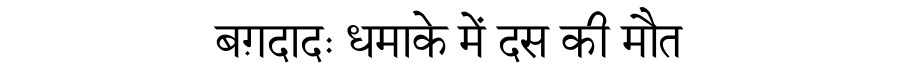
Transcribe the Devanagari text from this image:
बग़दादः धमाके में दस की मौत